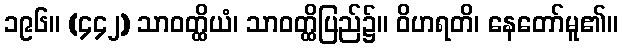
၁၉၆။ (၄၄၂) သာဝတ္ထိယံ၊ သာဝတ္ထိပြည်၌။ ဝိဟရတိ၊ နေတော်မူ၏။